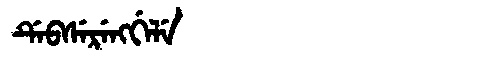
Manchu: ᡩᡝᠪᠰᡝᡵᡝᠩᡤᡝᠯᡝ
Romanization: DEBSERENGGELE